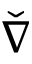
\check { \nabla }